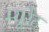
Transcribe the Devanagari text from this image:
म्यूरेट